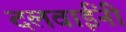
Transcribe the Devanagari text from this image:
दलवाईंनी